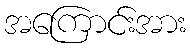
အကြောင်းအား